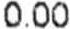
0.00